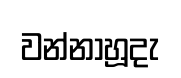
වන්නාහූදැ